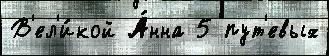
В'ел'и́кой А́нна 5 пут'евых